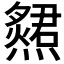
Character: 𤑩